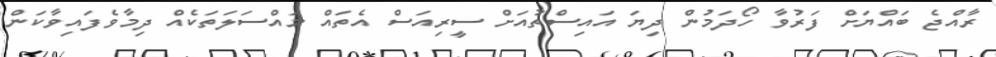
ރާއްޖެ ބައްޔަށް ފަރުވާ ހޯދަމުން ދިޔަ އައިސްތުއަށް ސީރިއަސް އެތައް މައްސަލަތަކެއް ދިމާވެފައިވާކަން